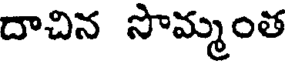
దాచిన సొమ్మంత